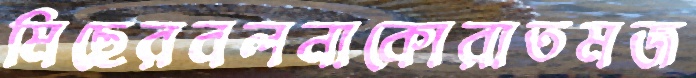
মিছেরবলনাকোরাতমজ